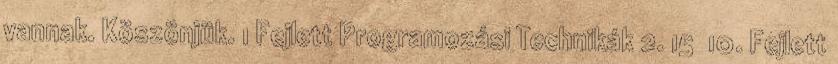
vannak. Köszönjük. 1 Fejlett Programozási Technikák 2. 15 10. Fejlett